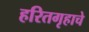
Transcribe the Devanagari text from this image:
हरितगृहाचे